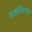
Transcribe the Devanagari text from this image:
सरहद्दीवरच्या